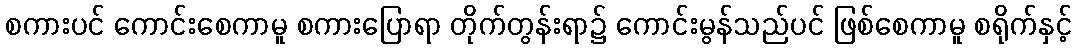
စကားပင် ကောင်းစေကာမူ စကားပြောရာ တိုက်တွန်းရာ၌ ကောင်းမွန်သည်ပင် ဖြစ်စေကာမူ စရိုက်နှင့်